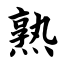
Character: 熟